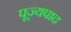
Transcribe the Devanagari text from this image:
पूज्‍यपाद